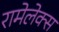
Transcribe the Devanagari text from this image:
रामेलेक्स